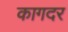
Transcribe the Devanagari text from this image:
कागदर